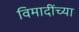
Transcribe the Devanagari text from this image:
विमादींच्या